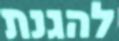
להגנת